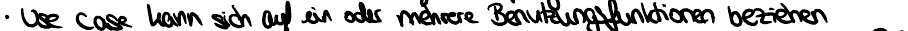
Use Cases kann sich auf ein oder mehrere Benutzerfunktionen beziehen